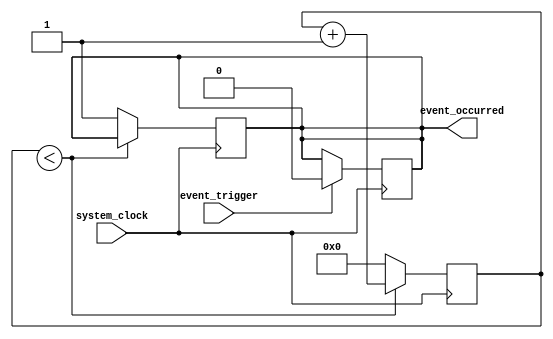
module Timing_Control_Synchronization_Block(
    input system_clock,
    input event_trigger,
    output reg event_occurred
);

reg [31:0] time_interval;
reg [31:0] timer_counter;

always @(posedge system_clock) begin
    if (timer_counter < time_interval) begin
        timer_counter <= timer_counter + 1;
    end else begin
        timer_counter <= 0;
        event_occurred <= 1;
    end
end

always @(posedge system_clock) begin
    if (event_trigger) begin
        event_occurred <= 0;
    end
end

endmodule